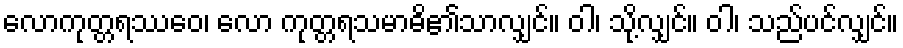
လောကုတ္တရဿေဝ၊ လော ကုတ္တရသမာဓိ၏သာလျှင်။ ဝါ၊ သို့လျှင်။ ဝါ၊ သည်ပင်လျှင်။